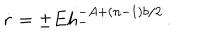
\dot { r } = \pm E h _ { - } ^ { - A + ( n - 1 ) b / 2 } \, .